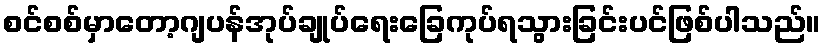
စင်စစ်မှာတော့ဂျပန်အုပ်ချုပ်ရေးခြေကုပ်ရသွားခြင်းပင်ဖြစ်ပါသည်။